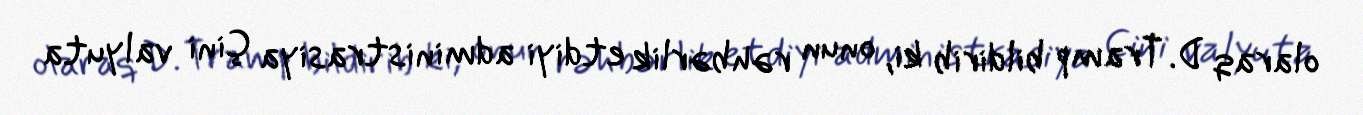
olaraq D. Tramp bildirib ki, onun rəhbərlik etdiyi administrasiya Çini valyuta